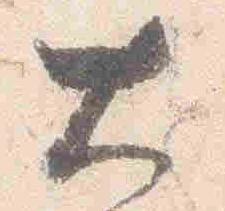
大